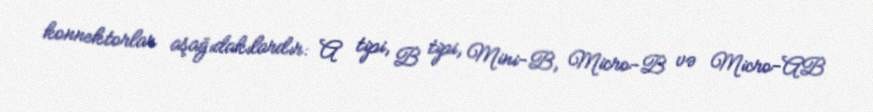
konnektorlar aşağıdakılardır: A tipi, B tipi, Mini-B, Micro-B və Micro-AB